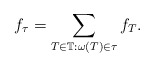
\begin{align*}f_\tau = \sum_{T \in \mathbb T : \omega(T) \in \tau}f_T.\end{align*}